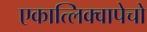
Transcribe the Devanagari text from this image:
एकात्लिक्वापेचो